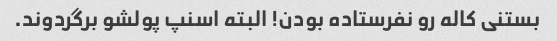
بستنی کاله رو نفرستاده بودن! البته اسنپ پولشو برگردوند.